Report of the Indian Hemp Drugs Commission, 1894-1895 - Volume VII
Year: 1894
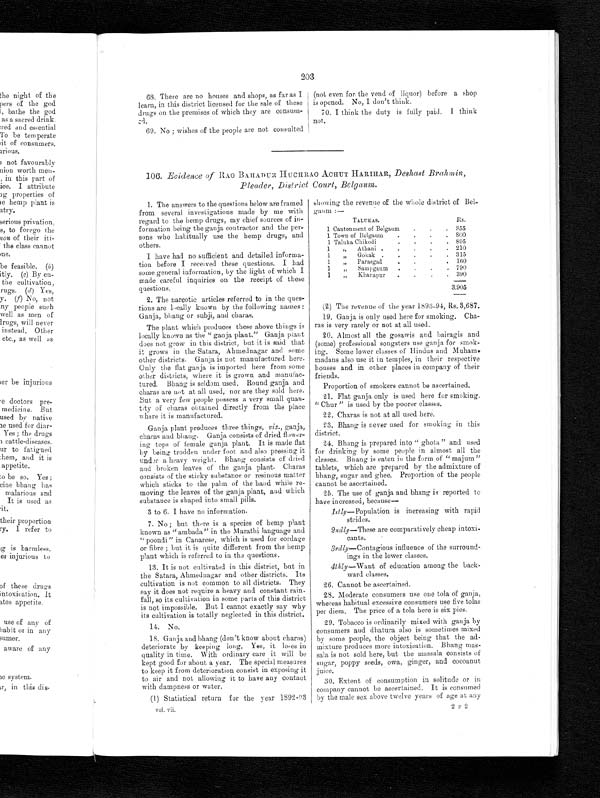
203
68. There are no houses and shops, as far as I
learn, in this district licensed for the sale of these
drugs on the premises of which they are consum-
ed.
69. No ; wishes of the people are not consulted
(not even for the vend of liquor) before a shop
is opened. No, I don't think.
70. I think the duty is fully paid. I think
not.
106. Evidence of RAO BAHADUR HUCHRAO ACHUT HARIHAR, Deshast Brahmin,
Pleader, District Court, Belgaum.
1. The answers to the questions below are framed
from several investigations made by me with
regard to the hemp drugs, my chief sources of in-
formation being the ganja contractor and the per-
sons who habitually use the hemp drugs, and
others.
I have had no sufficient and detailed informa-
tion before I received these questions. I had
some general information, by the light of which I
made careful inquiries on the receipt of these
questions.
2. The narcotic articles referred to in the ques
- t i o n s a r e l o c a l l y k n o w n b y t h e f o l l o w i n g n a m e s :
Ganja, bhang or subji, and charas.
The plant which produces these above things is
locally known as the "ganja plant." Ganja plant
does not grow in this district, but it is said that
it grows in the Satara, Ahmednagar and some
other districts. Ganja is not manufactured here.
Only the flat ganja is imported here from some
other districts, where it is grown and manufac-
tured. Bhang is seldom used, Round ganja and
charas are not at all used, nor are they sold here.
But a very few people possess a very small quan-
tity of charas obtained directly from the place
where it is manufactured.
Ganja plant produces three things, viz., ganja,
charas and bhang. Ganja consists of dried flower-
ing tops of female ganja plant. It is made flat
by being trodden under foot and also pressing it
under a heavy weight. Bhang consists of dried
and broken leaves of the ganja plant. Charas
consists of the sticky substance or resinous matter
which sticks to the palm of the hand while re-
moving the leaves of the ganja plant, and which
substance is shaped into small pills.
3 to 6. I have no information.
7. No ; but there is a species of hemp plant
known as "ambada" in the Marathi language and
" poondi" in Canarese, which is used for cordage
or fibre ; but it is quite different from the hemp
plant which is referred to in the questions.
13. It is not cultivated in this district, but in
the Satara, Ahmednagar and other districts. Its
cultivation is not common to all districts. They
say it does not require a heavy and constant rain-
fall, so its cultivation in some parts of this district
is not impossible. But I cannot exactly say why
its cultivation is totally neglected in this district.
14. No.
18. Ganja and bhang (don't know about charas)
deteriorate by keeping long. Yes, it loses in
quality in time. With ordinary care it will be
kept good for about a year. The special measures
to keep it from deterioration consist in exposing it
to air and not allowing it to have any contact
with dampness or water.
(1) Statistical return for the year 1892-93
vol. vii.
showing the revenue of the whole district of Bel
- gaum :—
TALUKAS.
Rs.
1 Cantonment of Belgaum
.
.
. 355
1 Town of Belgaum
.
.
.
. 800
1 Taluka Chikodi
.
.
.
. 895
1 „ Athani .
,
.
.
. 210
1 „ Gokak .
.
.
.
. 315
1 „ Parasgad
.
,
. 160
1 „ Sampgaum
.
.
.
. 790
1 „ Khanapur
.
.
.
. 390
3,905
(2) The revenue of the year 1893-94, Rs. 3,687.
19. Ganja is only used here for smoking. Cha-
ras is very rarely or not at all used.
20. Almost all the gosawis and bairagis and
(some) professional songsters use ganja for smok-
ing. Some lower classes of Hindus and Muham
-
madans also use it in temples, in their respective
houses and in other places in company of their
friends.
Proportion of smokers cannot be ascertained.
21. Flat ganja only is used here for smoking.
" Chur " is used by the poorer classes.
22. Charas is not at all used here.
23. Bhang is never used for smoking in this
district.
24. Bhang is prepared into " ghota" and used
for drinking by some people in almost all the
classes. Bhang is eaten in the form of " majum"
tablets, which are prepared by the admixture of
bhang, sugar and ghee. Proportion of the people
cannot be ascertained.
25. The use of ganja and bhang is reported to
have increased, because—
1stly—Population is increasing with rapid
strides.
2ndly—These are comparatively cheap intoxi-
cants.
3rdly—Contagious influence of the surround-
ings in the lower classes.
4thly—Want of education among the back-
ward classes.
26. Cannot be ascertained.
28. Moderate consumers use one tola of ganja,
whereas habitual excessive consumers use five tolas
per diem. The price of a tola here is six pies.
29. Tobacco is ordinarily mixed with ganja by
consumers and dhatura also is sometimes mixed
by some people, the object being that the ad-
mixture produces more intoxication. Bhang mas-
sala is not sold here, but the massala consists of
sugar, poppy seeds, owa, ginger, and cocoanut
juice.
30. Extent of consumption in solitude or in
company cannot be ascertained. It is consumed
by the male sex above twelve years of age at any
2 F 2